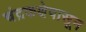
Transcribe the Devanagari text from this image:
चंद्रकक्षेपासून